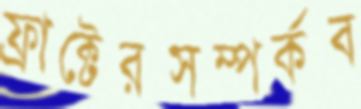
ফ্রাক্টেরসম্পর্কব